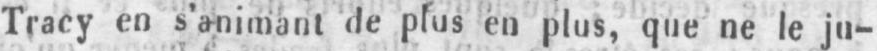
Tracy en s’animant de plus en plus, que ne le ju-